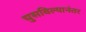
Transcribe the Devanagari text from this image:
घुसविल्यानंतर